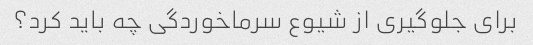
برای جلوگیری از شیوع سرماخوردگی چه باید کرد؟